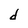
Character: d